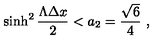
\sinh ^ { 2 } { \frac { \Lambda \Delta x } { 2 } } < a _ { 2 } = { \frac { \sqrt { 6 } } { 4 } } \ ,